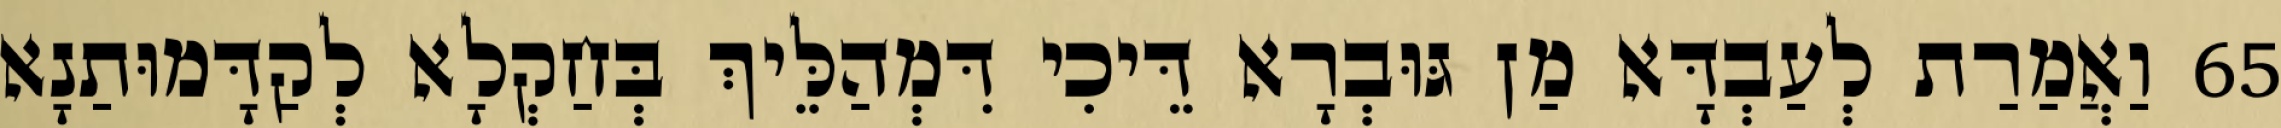
65 וַאֲמַרַת לְעַבְדָּא מַן גּוּבְרָא דֵּיכִי דִּמְהַלֵּיךְ בְּחַקְלָא לְקַדָּמוּתַנָא